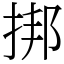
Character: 挷